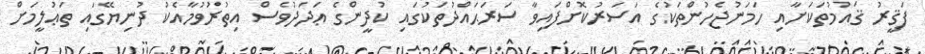
ފަޤީރު ޤައުމުތަކަށާއި ހަމަނުޖެހުންތަކުގެ އަސަރުކޮށްފައިވާ ސަރަޙައްދުތަކުގައި ކުދީންގެ ޢަދަދުވެސް އިތުރުވުމާއެކު ދުނިޔޭގައި ތަޢުލީމަށް